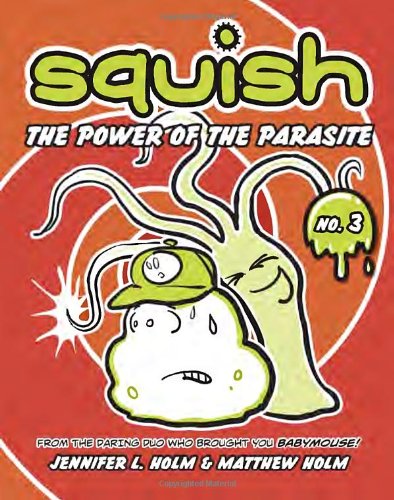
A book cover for Squish #3: The Power of the Parasite; Jennifer L. Holm; Children's Books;